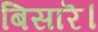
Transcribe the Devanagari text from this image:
बिसारॆ।